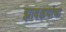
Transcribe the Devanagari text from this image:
झावळयांचा